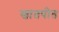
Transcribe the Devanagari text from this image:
खातपीत